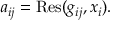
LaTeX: a _ { i j } = \operatorname { R e s } ( g _ { i j } , x _ { i } ) .